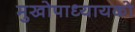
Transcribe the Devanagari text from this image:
मुखोपाध्यायको